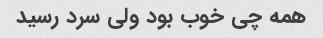
همه چی خوب بود ولی سرد رسید